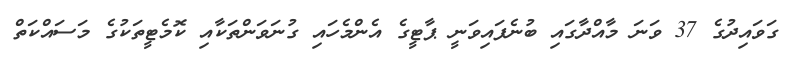
ގަވައިދުގެ 37 ވަނަ މާއްދާގައި ބުނެފައިވަނީ ޕާޓީގެ އެންމެހައި ގުނަވަންތަކާއި ކޮމެޓީތަކުގެ މަސައްކަތް